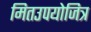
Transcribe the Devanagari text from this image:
मितउपयोजित्र